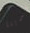
لدينا